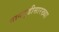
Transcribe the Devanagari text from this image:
नागपुडीसारख्या